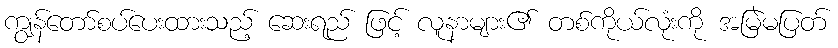
ကျွန်တော်စပ်ပေးထားသည့် ဆေးရည် ဖြင့် လူနာများ၏ တစ်ကိုယ်လုံးကို အမြဲမပြတ်